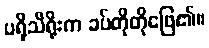
ပရိုသီရိုးက ခပ်တိုတိုဖြေ၏။